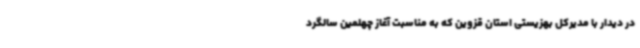
در دیدار با مدیرکل بهزیستی استان قزوین که به مناسبت آغاز چهلمین سالگرد